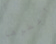
أعطوها